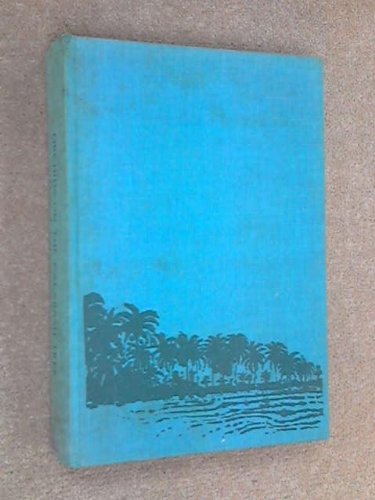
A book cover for Orchids on the calabash tree; George Teeple Eggleston; Travel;